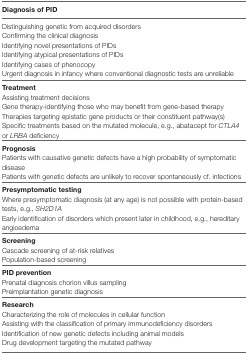
| Diagnosis of PID |
 | --- |
 | Distinguishing genetic from acquired disorders |
 | Confirming the clinical diagnosis |
 | Identifying novel presentations of PIDs |
 | Identifying atypical presentations of PIDs |
 | Identifying cases of phenocopy |
 | Urgent diagnosis in infancy where conventional diagnostic tests are unreliable |
 | Treatment |
 | Assisting treatment decisions |
 | Gene therapy-identifying those who may benefit from gene-based therapy |
 | Therapies targeting epistatic gene products or their constituent pathway(s) |
 | Specific treatments based on the mutated molecule, e.g., abatacept for CTLA4 or LRBA deficiency |
 | Prognosis |
 | Patients with causative genetic defects have a high probability of symptomatic disease |
 | Patients with genetic defects are unlikely to recover spontaneously cf. infections |
 | Presymptomatic testing |
 | Where presymptomatic diagnosis (at any age) is not possible with protein-based tests, e.g., SH2D1A |
 | Early identification of disorders which present later in childhood, e.g., hereditary angioedema |
 | Screening |
 | Cascade screening of at-risk relatives |
 | Population-based screening |
 | PID prevention |
 | Prenatal diagnosis chorion villus sampling |
 | Preimplantation genetic diagnosis |
 | Research |
 | Characterizing the role of molecules in cellular function |
 | Assisting with the classification of primary immunodeficiency disorders |
 | Identification of new genetic defects including animal models |
 | Drug development targeting the mutated pathway |